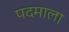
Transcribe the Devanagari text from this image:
पदमाला